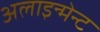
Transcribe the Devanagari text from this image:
अलाइन्मेन्ट